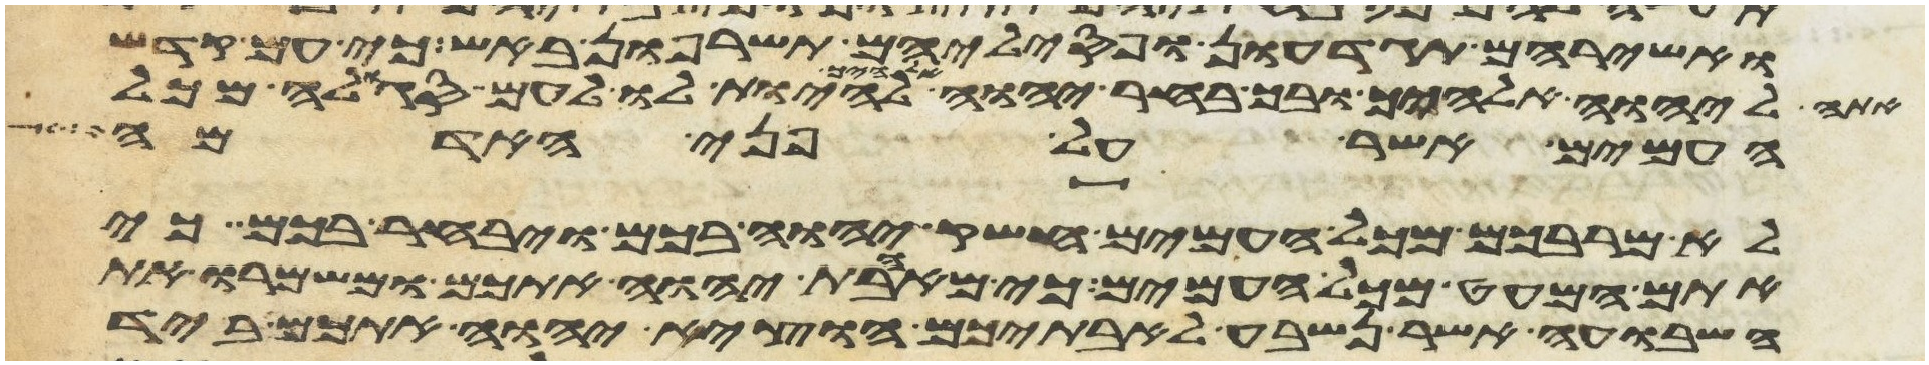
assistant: ואשריהם תגדעון ופסיליהם תשרפון באש כי עם קדש
אתה ליהוה אלהיך ובך בחר יהוה אלהיך להיות לו לעם סגלה מכל
העמים אשר על פני האדמה
לא מרבכם מכל העמים חשק יהוה בכם ויבחר בכם כי
אתם המעט מכל העמים כי מאהבת יהוה אתכם ומשמרו את
השבועה אשר נשבע לאבתיכם הוציא יהוה אתכם ביד